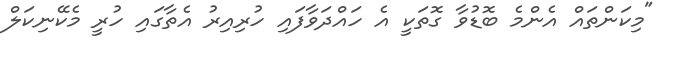
"މިކަންތައް އެންމެ ބޮޑުވާ ގޮތަކީ އެ ހައްދަވާފައި ހުރިއިރު އެތާގައި ހުރީ މެކޭނިކަލް